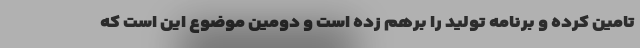
تامین کرده و برنامه تولید را برهم زده است و دومین موضوع این است که